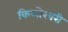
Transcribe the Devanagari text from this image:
किलोखरी